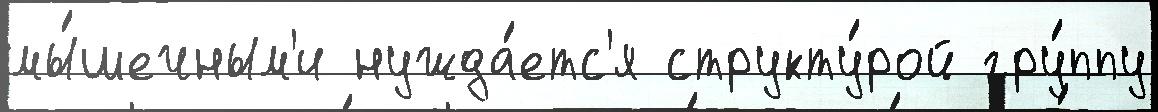
мы́шечным'и нужда́етс'я структу́рой гру́ппу